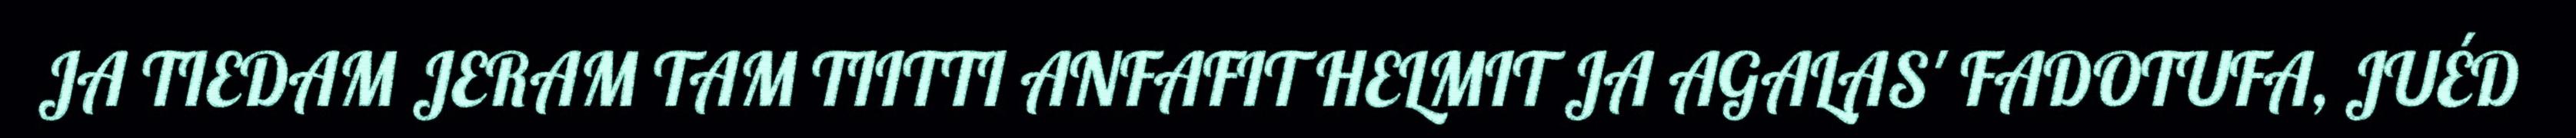
JA TIEDAM JERAM TAM TIITTI ANFAFIT HELMIT JA AGALAS' FADOTUFA, JUÉD